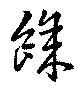
余